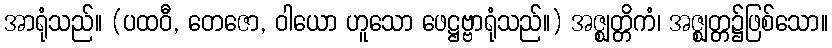
အာရုံသည်။ (ပထဝီ, တေဇော, ဝါယော ဟူသော ဖေဋ္ဌဗ္ဗာရုံသည်။) အဇ္ဈတ္တိကံ၊ အဇ္ဈတ္တ၌ဖြစ်သော။